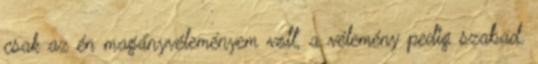
csak az én magányvéleményem volt, a vélemény pedig szabad.